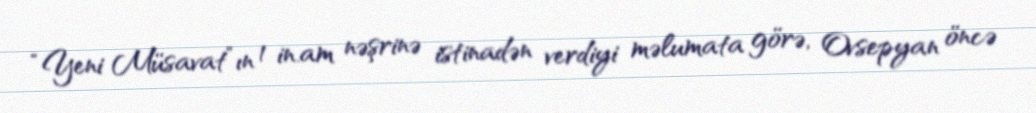
“Yeni Müsavat”ın 1 in.am nəşrinə istinadən verdiyi məlumata görə, Ovsepyan öncə